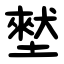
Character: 㙬